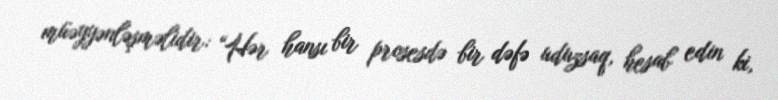
müəyyənləşməlidir: “Hər hansı bir prosesdə bir dəfə uduzsaq, hesab edin ki,